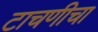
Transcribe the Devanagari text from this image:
टाचणीचा